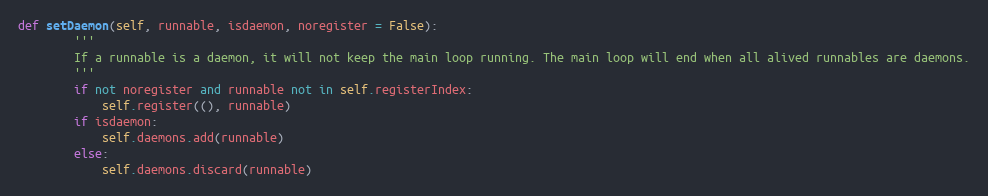
Language: Python
def setDaemon(self, runnable, isdaemon, noregister = False):
        '''
        If a runnable is a daemon, it will not keep the main loop running. The main loop will end when all alived runnables are daemons.
        '''
        if not noregister and runnable not in self.registerIndex:
            self.register((), runnable)
        if isdaemon:
            self.daemons.add(runnable)
        else:
            self.daemons.discard(runnable)